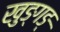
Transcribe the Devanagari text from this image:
खुङ्गङ्